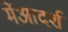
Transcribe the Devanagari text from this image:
मेंआदर्श